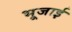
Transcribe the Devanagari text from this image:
भूजाई